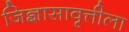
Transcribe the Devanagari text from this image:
जिज्ञासावृत्तीला